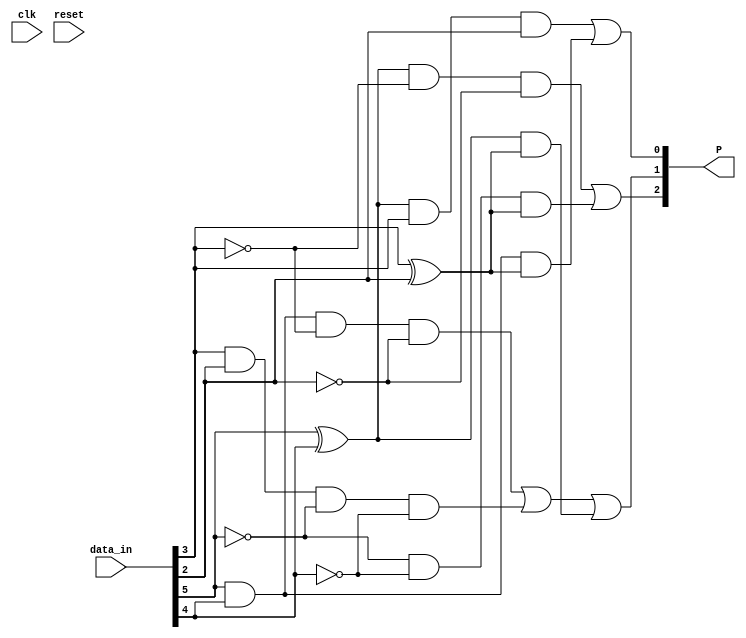
module fcn6b(
    input clk, 
    input reset,
    input [5:0] data_in,
    output [2:0] P
    );
    
    wire a, b, c, d, e, i, P13, P22, P31;
    assign {a, b, c, d, e, i} = data_in;
    
    assign P13 = ((a^b) & ~c & ~d) | 
                 (~a & ~b & (c^d)) ;                // a and b diff, c=d=0 OR a=b=0, c and d diff
    assign P31 = ((a^b) & c & d) | (a & b & (c^d)); // a and b diff, c=d=1 OR a=b=1, c and d diff 
    assign P22 = (a & b & ~c & ~d) |
                 (c & d & ~a & ~b) |                  // a=b=1, c=d=0 OR a=b=0, c=d=1
                 ((a^b) & (c^d)) ;                    // a,b diff, c,d diff, so 2 1s and 2 0s         
     assign P = {P13, P22, P31};
endmodule